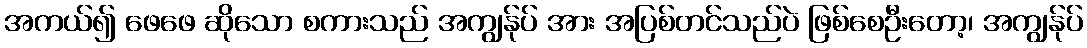
အကယ်၍ ဖေဖေ ဆိုသော စကားသည် အကျွန်ုပ် အား အပြစ်တင်သည်ပဲ ဖြစ်စေဦးတော့၊ အကျွန်ုပ်